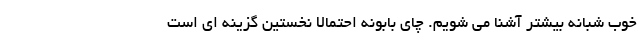
خوب شبانه بیشتر آشنا می شویم. چای بابونه احتمالا نخستین گزینه ای است